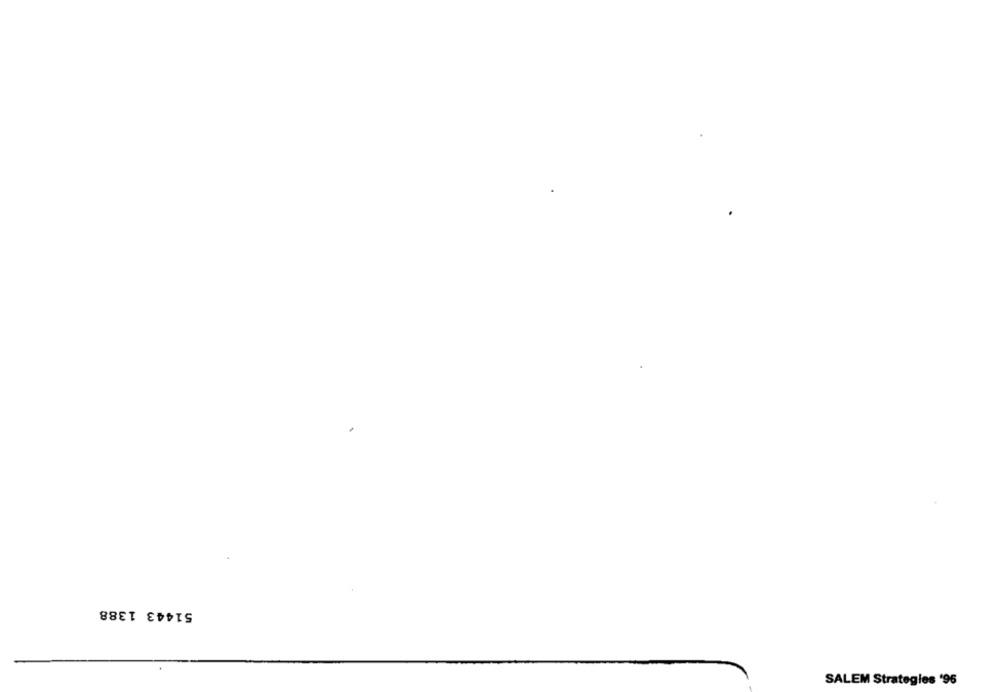
51443 1388
SALEM Strategies '96